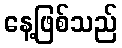
နေ့ဖြစ်သည်